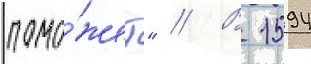
помо́жет" // В 1594